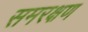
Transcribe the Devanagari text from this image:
समरक्षण